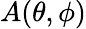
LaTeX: A(\theta,\phi)